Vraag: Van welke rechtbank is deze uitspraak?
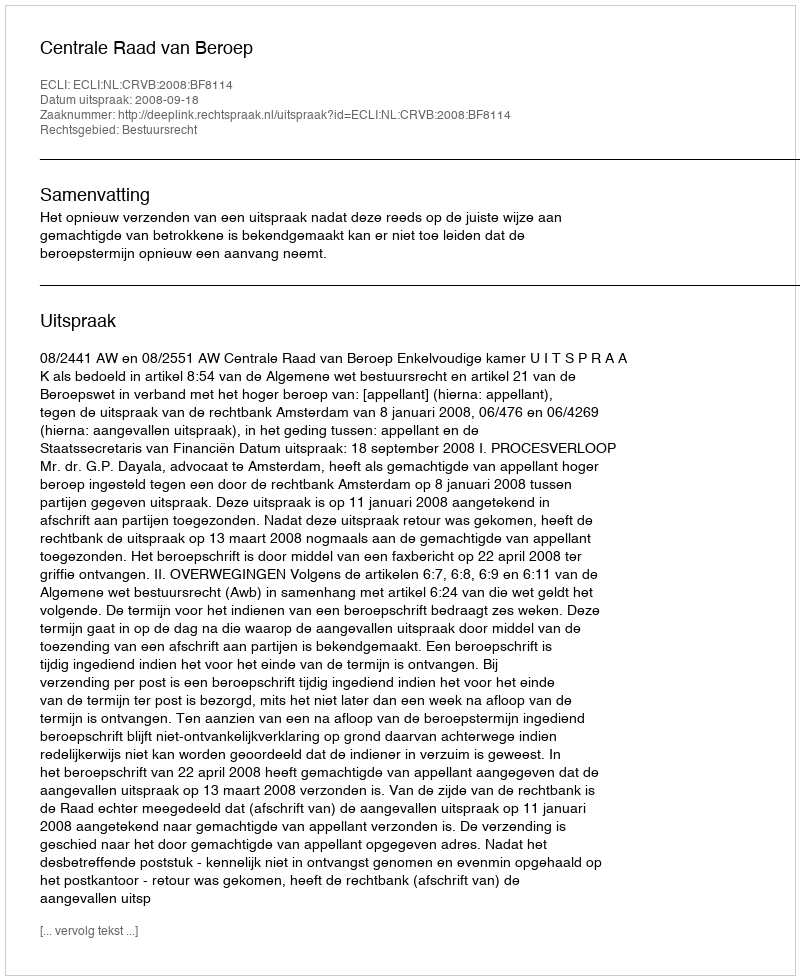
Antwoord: Centrale Raad van Beroep